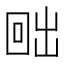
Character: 𭍨